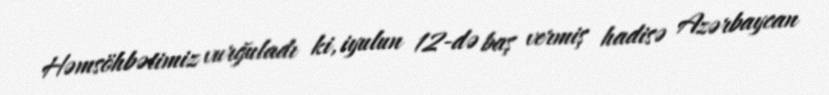
Həmsöhbətimiz vurğuladı ki, iyulun 12-də baş vermiş hadisə Azərbaycan